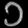
Digit: ၁